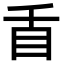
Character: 𭾜